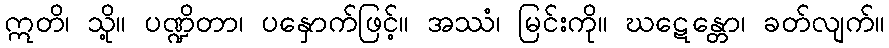
ဣတိ၊ သို့။ ပဏ္ဍိတာ၊ ပနှောက်ဖြင့်။ အဿံ၊ မြင်းကို။ ဃဋေန္တော၊ ခတ်လျက်။